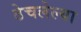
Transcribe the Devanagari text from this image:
ठेचलेल्या